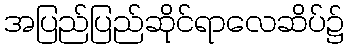
အပြည်ပြည်ဆိုင်ရာလေဆိပ်၌